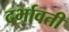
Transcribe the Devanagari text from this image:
दर्भावती